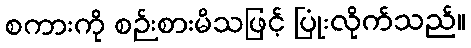
စကားကို စဉ်းစားမိသဖြင့် ပြုံးလိုက်သည်။